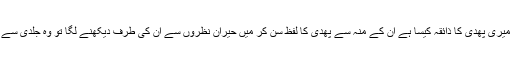
تو بتا میری پھدی کا ذائقہ کیسا ہے ان کے منہ سے پھدی کا لفظ سن کر میں حیران نظروں سے ان کی طرف دیکھنے لگا تو وہ جلدی سے بولی۔